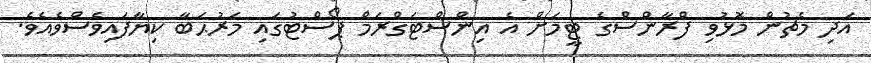
އަދި މެޗުން މޮޅުވި ފްރާންސްގެ ޓީމަށް އެ އިންސްޓަގްރަމް ޕޯސްޓުގައި މަރުޙަބާ ކިޔާފައިވެސްވެއެވެ.